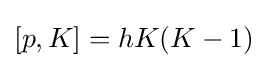
[p,K]=hK(K-1)